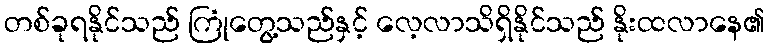
တစ်ခုရနိုင်သည် ကြုံတွေ့သည်နှင့် လေ့လာသိရှိနိုင်သည် နိုးထလာနေ၏